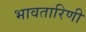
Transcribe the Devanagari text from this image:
भावतारिणी